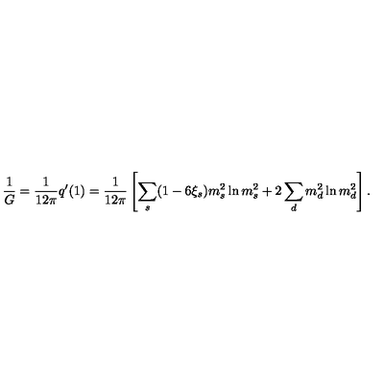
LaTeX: { \frac { 1 } { G } } = { \frac { 1 } { 1 2 \pi } } q ^ { \prime } ( 1 ) = { \frac { 1 } { 1 2 \pi } } \left[ \sum _ { s } ( 1 - 6 \xi _ { s } ) m _ { s } ^ { 2 } \ln m _ { s } ^ { 2 } + 2 \sum _ { d } m _ { d } ^ { 2 } \ln m _ { d } ^ { 2 } \right] .